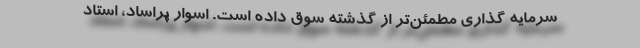
سرمایه گذاری مطمئن‌تر از گذشته سوق داده است. اسوار پراساد، استاد